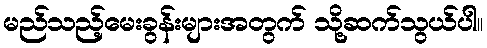
မည်သည့်မေးခွန်းများအတွက် သို့ဆက်သွယ်ပါ။